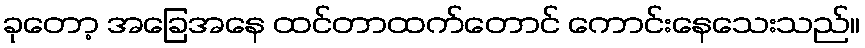
ခုတော့ အခြေအနေ ထင်တာထက်တောင် ကောင်းနေသေးသည်။